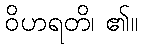
ဝိဟရတိ၊ ၏။